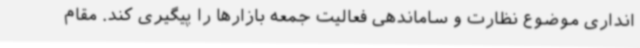
انداری موضوع نظارت و ساماندهی فعالیت جمعه بازارها را پیگیری کند. مقام